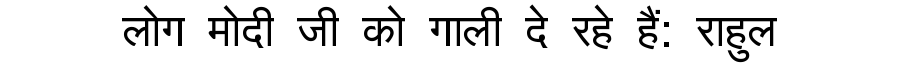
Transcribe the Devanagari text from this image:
लोग मोदी जी को गाली दे रहे हैं: राहुल